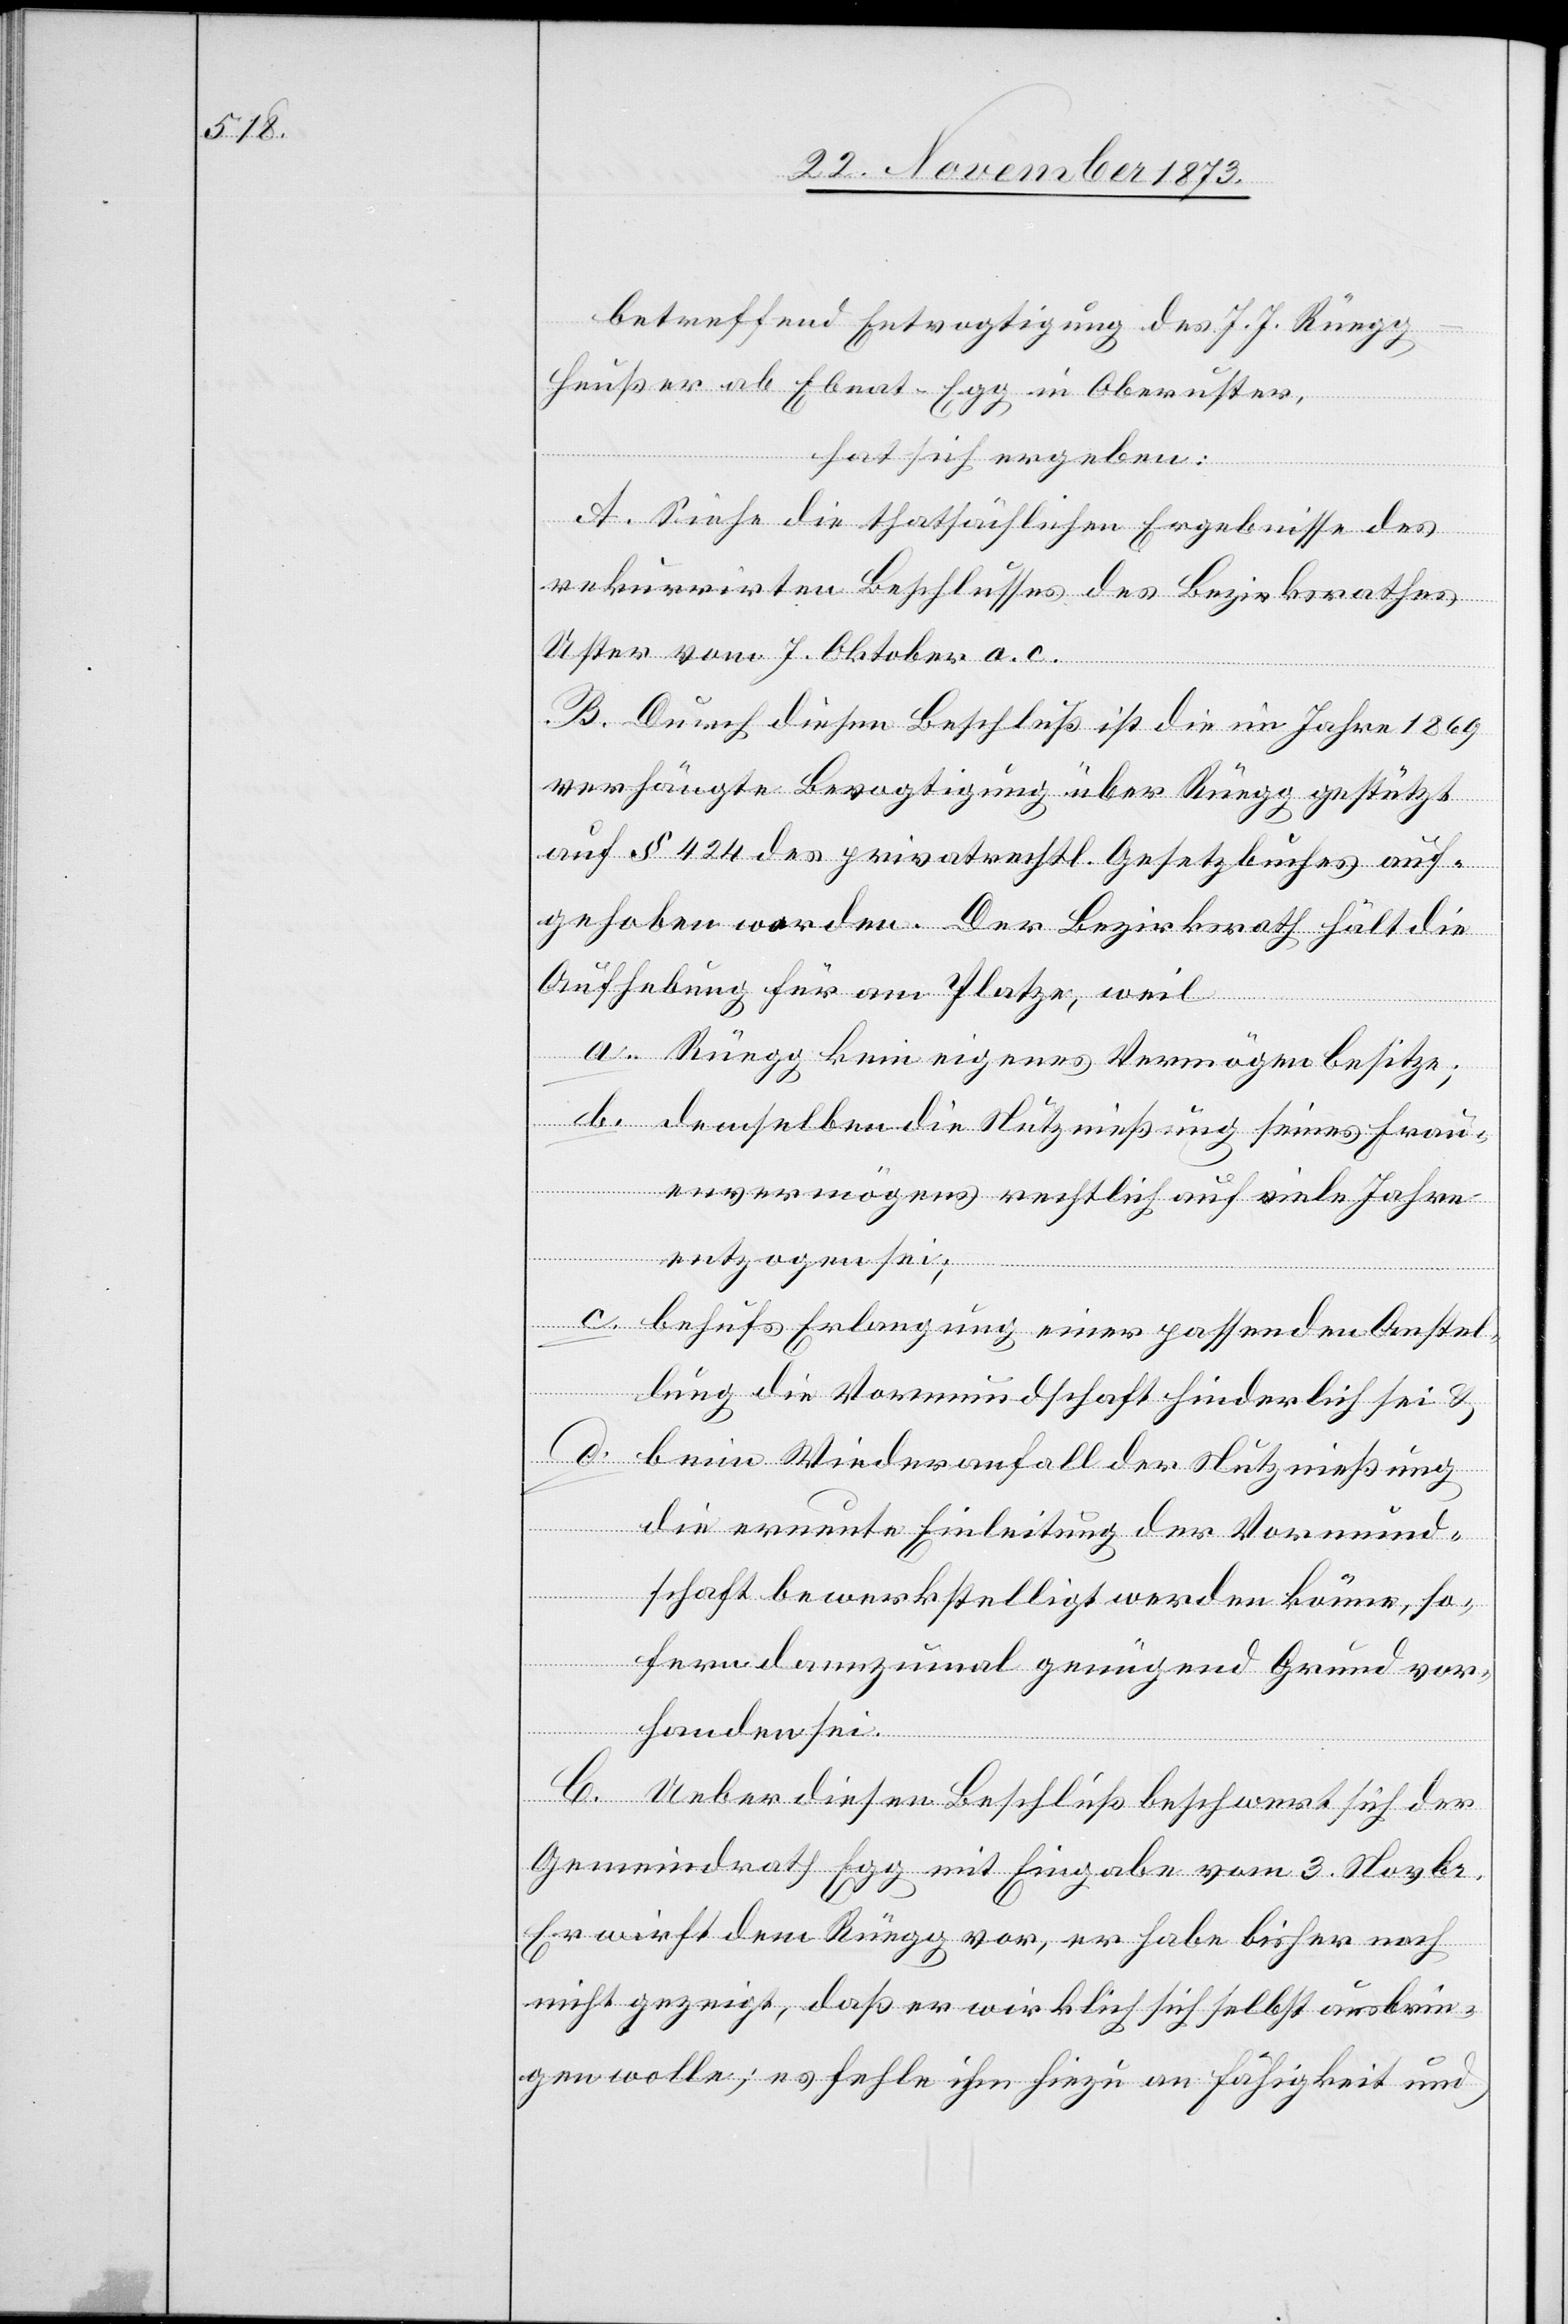
betreffend Entvogtigung des J. J. Rüeg¬
g-Heußer ab Ebnat - Egg in Oberuster,
hat sich ergeben:
A. Siehe die thatsächlichen Ergebnisse des
rekurrirten Beschlusses des Bezirksrathes
Uster vom 7. Oktober a. c.
B. Durch diesen Beschluß ist die im Jahre 1869
verhängte Bevogtigung über Rüegg gestützt
auf § 424 des privatrechtl. Gesetzbuches auf¬
gehoben worden. Der Bezirksrath hält die
Aufhebung für am Platze, weil
a. Rüegg kein eigenes Vermögen besitze;
b. demselben die Nutznießung seines Frau¬
envermögens rechtlich auf viele Jahre
entzogen sei;
c. behufs Erlangung einer passenden Anstel¬
lung die Vormundschaft hinderlich sei &
d. beim Wiederanfall der Nutznießung
die erneute Einleitung der Vormund¬
schaft bewerkstelligt werden könne, so¬
fern dannzumal genügend Grund vor¬
handen sei.
C. Ueber diesen Beschluß beschwert sich der
Gemeindrath Egg mit Eingabe vom 3. Novbr.
Er wirft dem Rüegg vor, er habe bisher noch
nicht gezeigt, daß er wirklich sich selbst ausbrin¬
gen wolle; es fehle ihm hiezu an Fähigkeit und